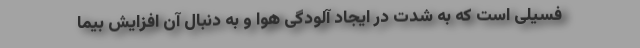
فسیلی است که به شدت در ایجاد آلودگی هوا و به دنبال آن افزایش بیما